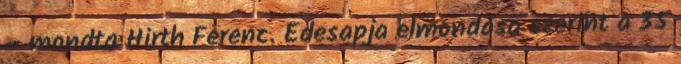
– mondta Hirth Ferenc. Édesapja elmondása szerint a 35